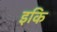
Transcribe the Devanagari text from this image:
इकि